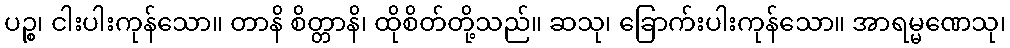
ပဉ္စ၊ ငါးပါးကုန်သော။ တာနိ စိတ္တာနိ၊ ထိုစိတ်တို့သည်။ ဆသု၊ ခြောက်းပါးကုန်သော။ အာရမ္မဏေသု၊